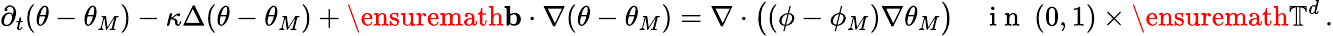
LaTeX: \partial_{t}(\theta-\theta_{M})-\kappa\Delta(\theta-\theta_{M})+\ensuremath{\mathbf{b}}\cdot\nabla(\theta-\theta_{M})=\nabla\cdot\bigl((\phi-\phi_{M})\nabla\theta_{M}\bigr)\quad\mathrm{~i~n~}\ (0,1)\times\ensuremath{\mathbb{T}}^{d}\, .